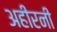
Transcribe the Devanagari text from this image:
अहीरनी